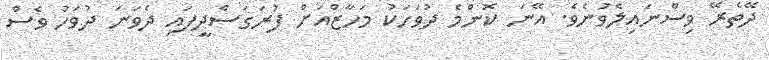
ދޭތެރޭ ވިސްނައިލެވުނެވެ. އޭނަ ކޮންމެ ދުވަހަކު މަހާޒްއަށް ފުރަގަސްދީފައި ދެވަނަ ދުވަހު ވެސް